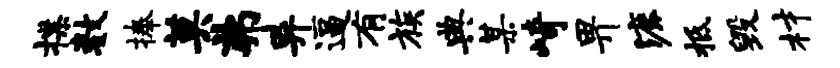
揲数捧莫弗异逼有族典某崎畀漉柢毁材